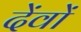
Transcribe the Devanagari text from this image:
देंवों